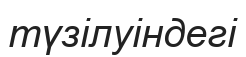
түзілуіндегі